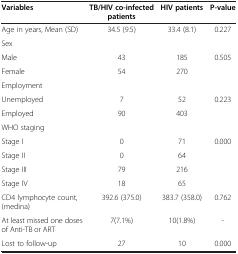
<table><thead><tr><td><b>Variables</b></td><td><b>TB/HIV co-infected patients</b></td><td><b>HIV patients</b></td><td><b>P-value</b></td></tr></thead><tbody><tr><td>Age in years, Mean (SD)</td><td>34.5 (9.5)</td><td>33.4 (8.1)</td><td>0.227</td></tr><tr><td>Sex</td><td> </td><td> </td><td> </td></tr><tr><td>Male</td><td>43</td><td>185</td><td>0.505</td></tr><tr><td>Female</td><td>54</td><td>270</td><td> </td></tr><tr><td>Employment</td><td> </td><td> </td><td> </td></tr><tr><td>Unemployed</td><td>7</td><td>52</td><td>0.223</td></tr><tr><td>Employed</td><td>90</td><td>403</td><td> </td></tr><tr><td>WHO staging</td><td> </td><td> </td><td> </td></tr><tr><td>Stage I</td><td>0</td><td>71</td><td>0.000</td></tr><tr><td>Stage II</td><td>0</td><td>64</td><td> </td></tr><tr><td>Stage III</td><td>79</td><td>216</td><td> </td></tr><tr><td>Stage IV</td><td>18</td><td>65</td><td> </td></tr><tr><td>CD4 lymphocyte count, (medina)</td><td>392.6 (375.0)</td><td>383.7 (358.0)</td><td>0.762</td></tr><tr><td>At least missed one doses of Anti-TB or ART</td><td>7(7.1%)</td><td>10(1.8%)</td><td>-</td></tr><tr><td>Lost to follow-up</td><td>27</td><td>10</td><td>0.000</td></tr></tbody></table>